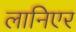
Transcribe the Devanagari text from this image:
लानिएर